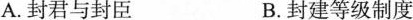
A.封君与封臣 B.封建等级制度